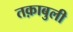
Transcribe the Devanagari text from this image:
तक़ाबुली